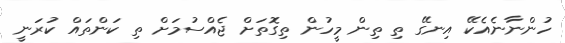
ހުންނާނެއެކޭ އިނގޭ ތި ތިން މީހުން ތިގޮތަށް ޖެއްސުމަށް ތި ކަންތައް ކުރަނީ